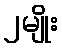
၂မျိုး